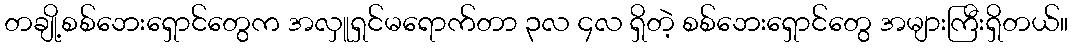
တချို့စစ်ဘေးရှောင်တွေက အလှူရှင်မရောက်တာ ၃လ ၄လ ရှိတဲ့ စစ်ဘေးရှောင်တွေ အများကြီးရှိတယ်။